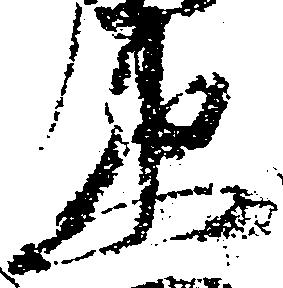
衛